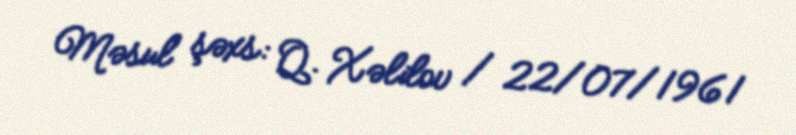
Məsul şəxs: Q. Xəlilov / 22/07/1961